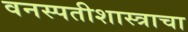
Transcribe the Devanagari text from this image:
वनस्पतीशास्त्राचा